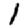
Digit: 1